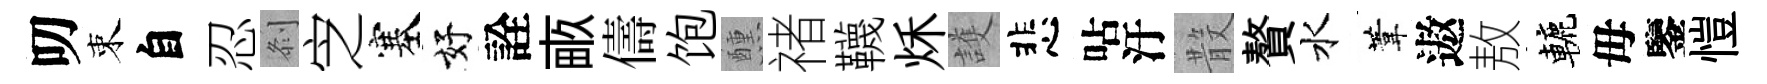
叨束自忍𠛴㝎塞好詮畞儔饱醺禇韈秌護悲呫汙𣪚贅水葦遨敖轆毋鑒愷